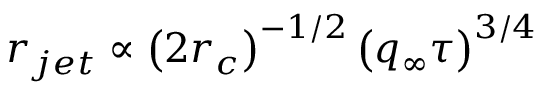
r _ { j e t } \propto \left( 2 r _ { c } \right) ^ { - 1 / 2 } \left( q _ { \infty } \tau \right) ^ { 3 / 4 }